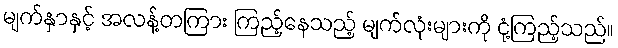
မျက်နှာနှင့် အလန့်တကြား ကြည့်နေသည့် မျက်လုံးများကို ငုံ့ကြည့်သည်။